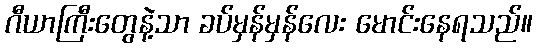
ဂီယာကြီးတွေနဲ့သာ ခပ်မှန်မှန်လေး မောင်းနေရသည်။